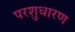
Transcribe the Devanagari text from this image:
परशुधारण